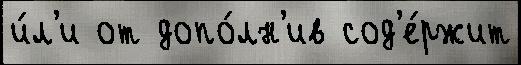
и́л'и от допо́лн'ив сод'е́ржит